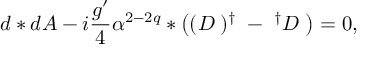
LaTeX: d * d A - i \frac { g ^ { \prime } } { 4 } \alpha ^ { 2 - 2 q } * \left( ( { \cal { D } } { \bf \Phi } ) ^ { \dagger } { \bf \Phi } - { \bf \Phi } ^ { \dagger } { \cal { D } } { \bf \Phi } \right) = 0 ,